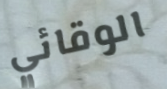
الوقائي